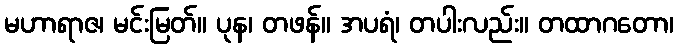
မဟာရာဇ၊ မင်းမြတ်။ ပုန၊ တဖန်။ အပရံ၊ တပါးလည်း။ တထာဂတော၊